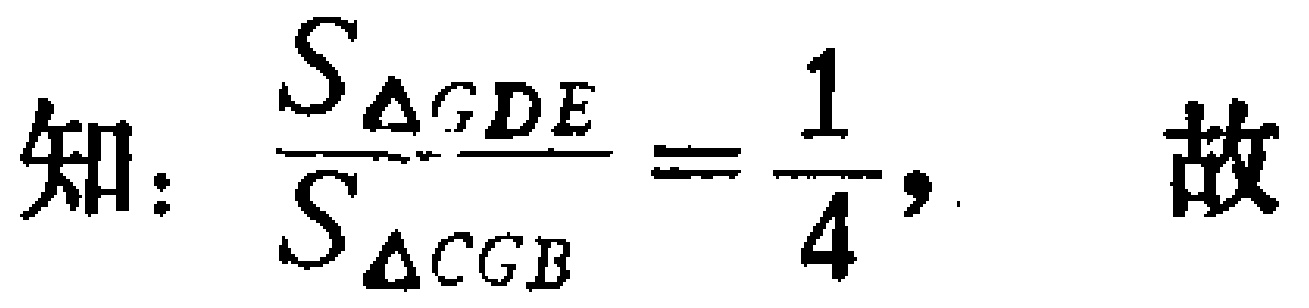
知：$\frac{S_{\Delta GDE}}{S_{\Delta CGB}}=\frac{1}{4}$，故